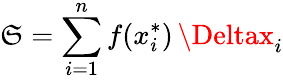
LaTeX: \mathfrak{S}=\sum_{i=1}^{n}f(x_{i}^{*})\, \Deltax_{i}